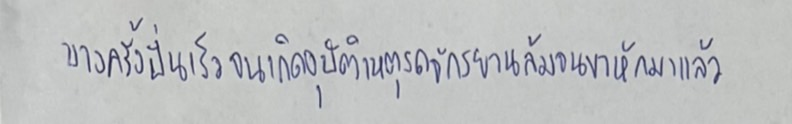
บางครั้งปั่นเร็วจนเกิดอุบัติเหตุรถจักรยานล้มจนขาหักมาแล้ว